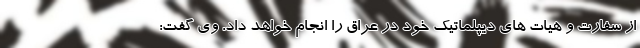
از سفارت و هیات های دیپلماتیک خود در عراق را انجام خواهد داد. وی گفت: